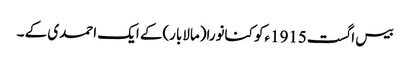
بیس اگست1915ءکو کنانورا(مالابار)کے ایک احمدی کے ۔